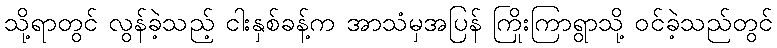
သို့ရာတွင် လွန်ခဲ့သည့် ငါးနှစ်ခန့်က အာသံမှအပြန် ကြိုးကြာရွာသို့ ဝင်ခဲ့သည်တွင်